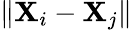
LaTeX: \left\| \mathbf{X}_{i}-\mathbf{X}_{j}\right\|